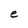
Character: e